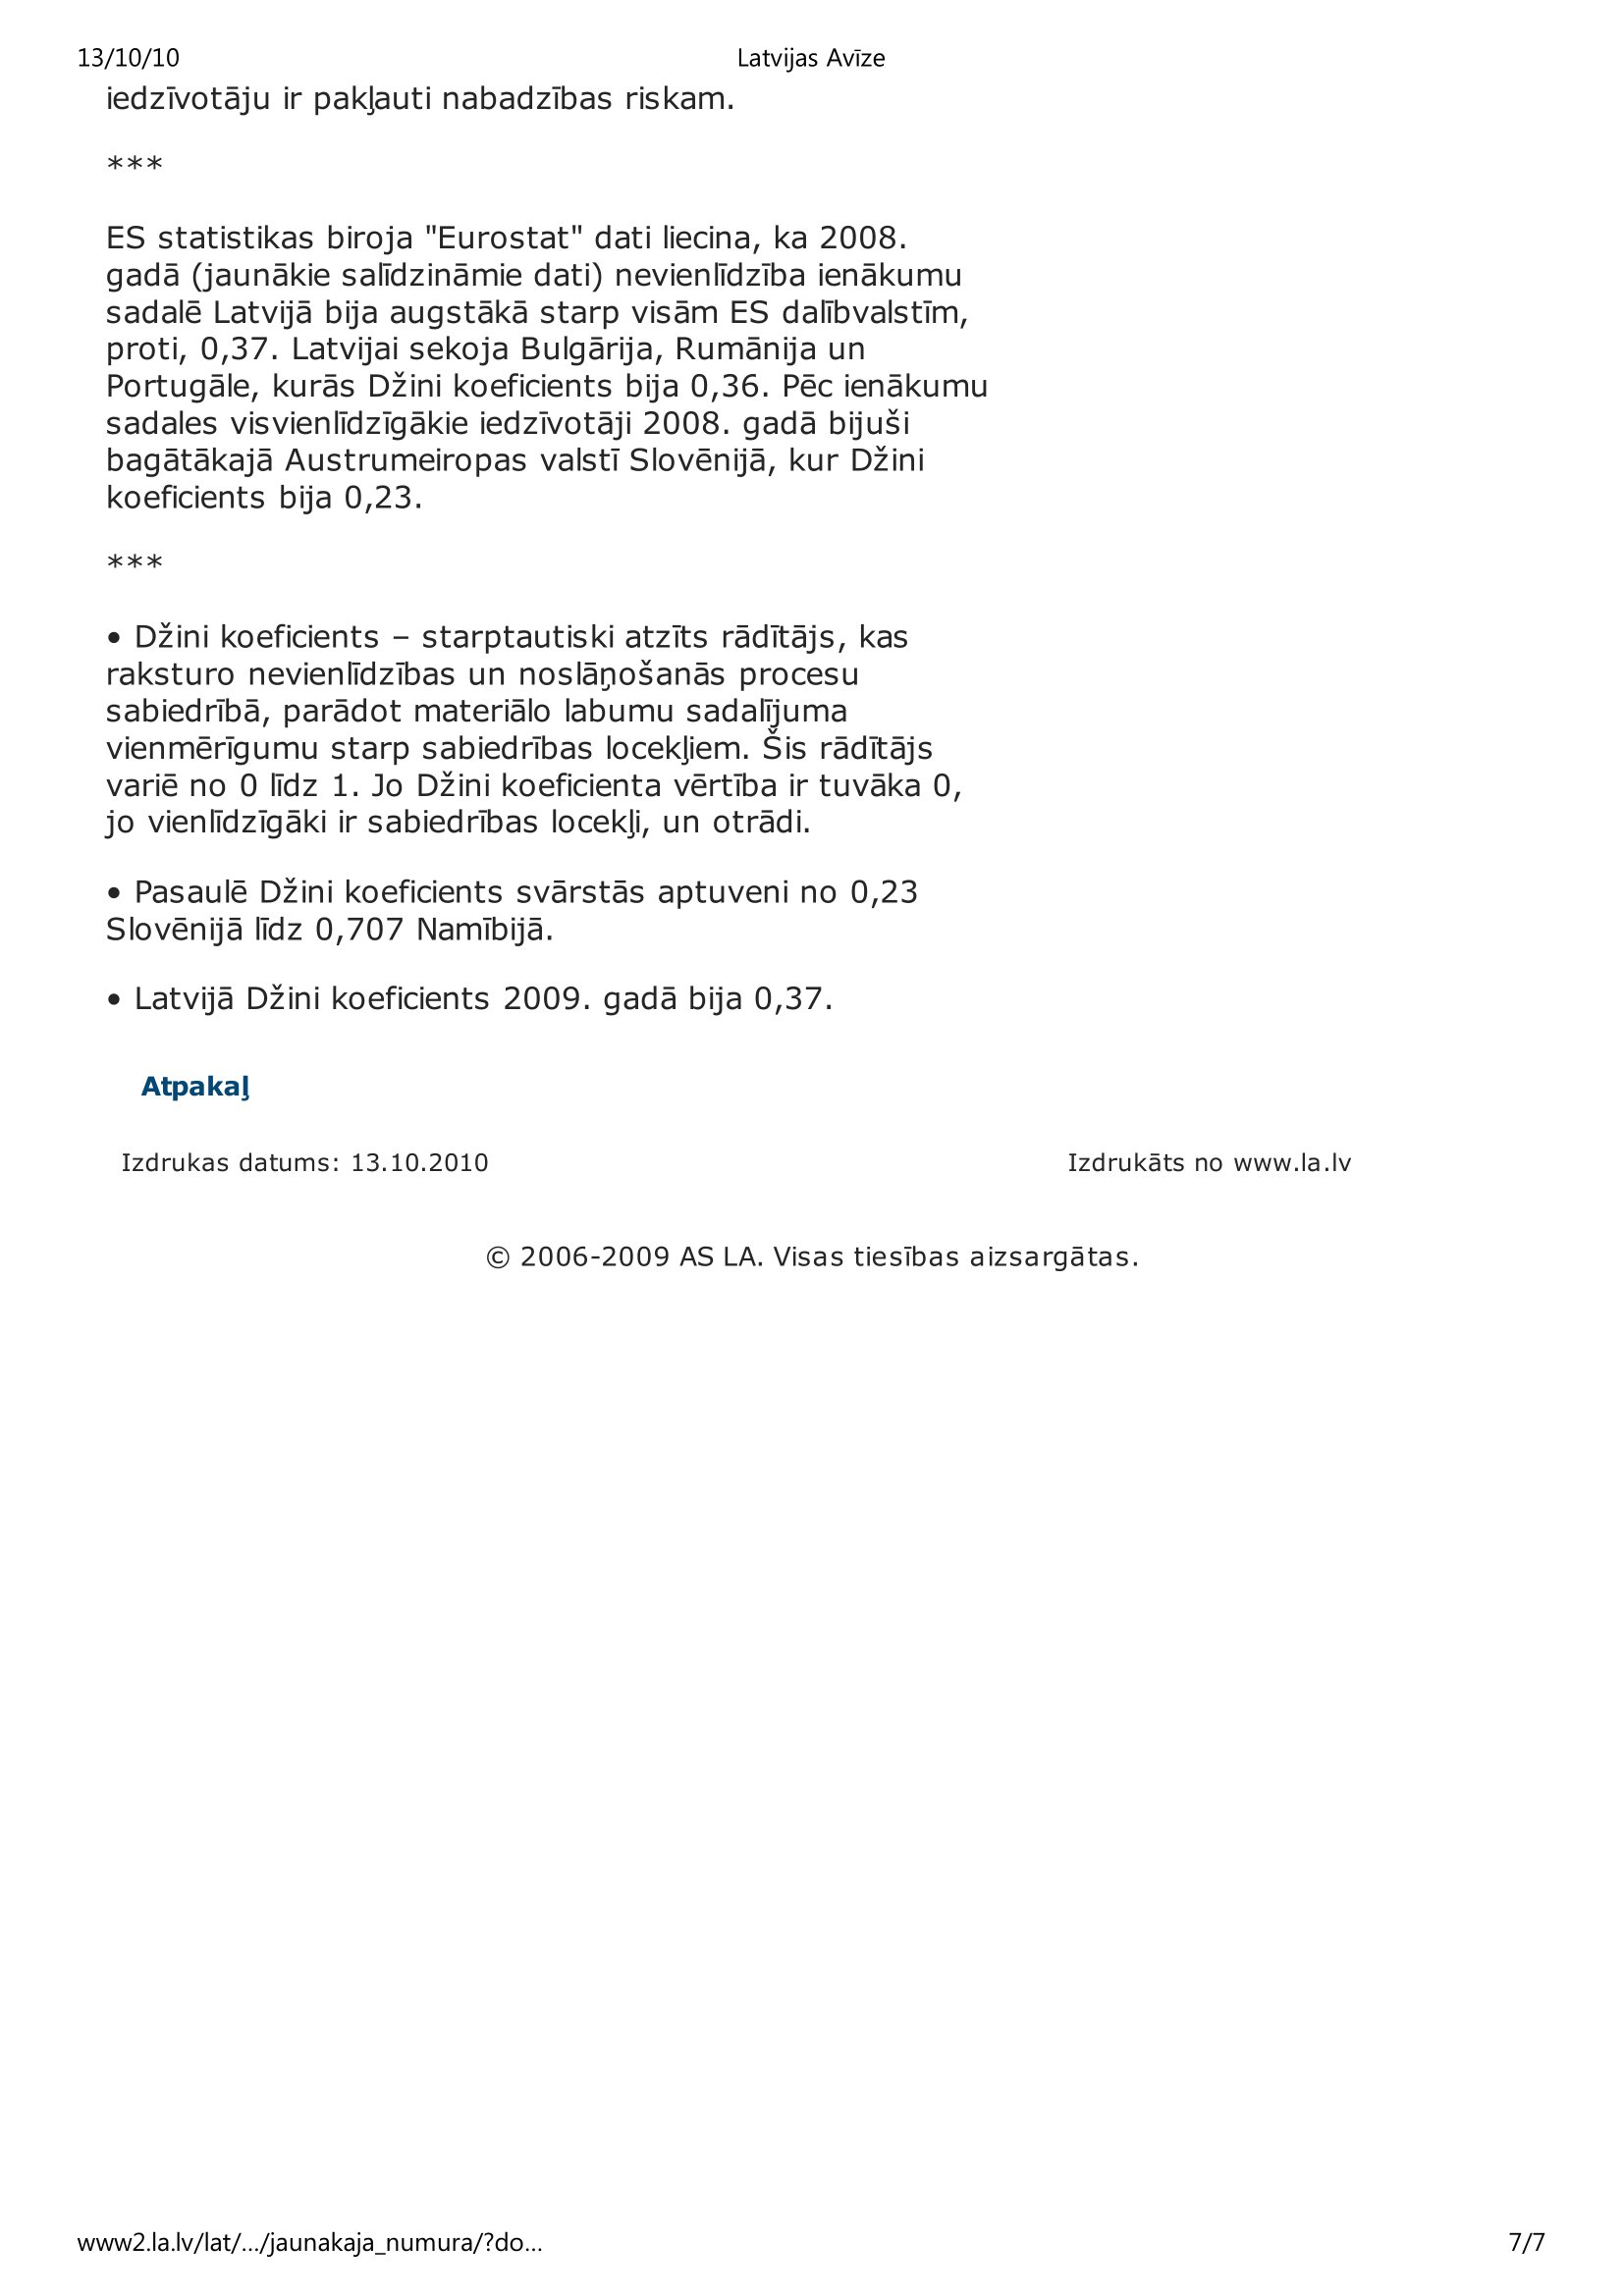
Language: lv